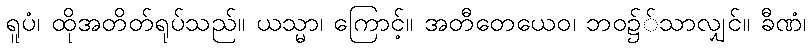
ရူပံ၊ ထိုအတိတ်ရုပ်သည်။ ယသ္မာ၊ ကြောင့်။ အတီတေယေဝ၊ ဘဝ၌်သာလျှင်။ ခီဏံ၊